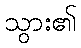
သွား၏